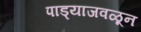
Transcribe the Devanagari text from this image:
पाड्याजवळून